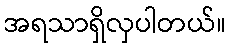
အရသာရှိလှပါတယ်။